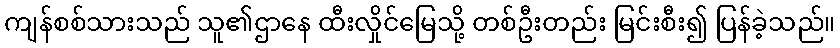
ကျန်စစ်သားသည် သူ၏ဌာနေ ထီးလှိုင်မြေသို့ တစ်ဦးတည်း မြင်းစီး၍ ပြန်ခဲ့သည်။